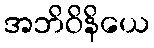
အဘိဝိနိယေ